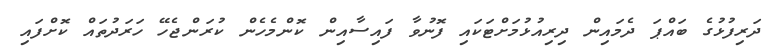
ދަރިފުޅުގެ ބައްޕަ ދެމައިން ދިރިއުޅުމަށްޓަކައި ފޮނުވާ ފައިސާއިން ކޮންމެހެން ކުރަންޖެހޭ ހަރަދުތައް ކޮށްފައި